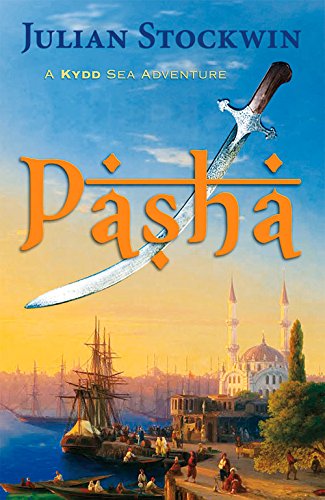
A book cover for Pasha: A Kydd Sea Adventure (Kydd Sea Adventures); Julian Stockwin; Literature & Fiction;